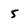
Character: 5